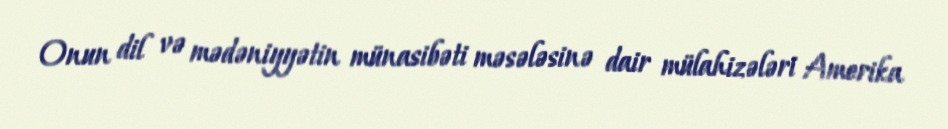
Onun dil və mədəniyyətin münasibəti məsələsinə dair mülahizələri Amerika